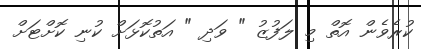
ކުރެވެން އޮތް މި ލަފުޒު " ވަދި " އަތުކޮޅަށް ކުނި ކޮށްޓަށް